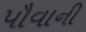
પૌવાની